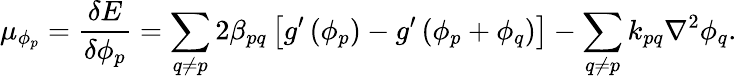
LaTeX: \mu_{\phi_{p}}=\frac{\delta E}{\delta\phi_{p}}=\sum_{q\neq p}2\beta_{pq}\left[g^{\prime}\left(\phi_{p}\right)-g^{\prime}\left(\phi_{p}+\phi_{q}\right)\right]-\sum_{q\neq p}k_{pq}\nabla^{2}\phi_{q}.